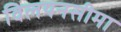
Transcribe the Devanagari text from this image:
विलयनसीमा